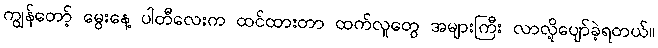
ကျွန်တော့် မွေးနေ့ ပါတီလေးက ထင်ထားတာ ထက်လူတွေ အများကြီး လာလို့ပျော်ခဲ့ရတယ်။